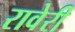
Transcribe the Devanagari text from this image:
रावेरी